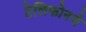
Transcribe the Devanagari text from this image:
टेलिफोनचे